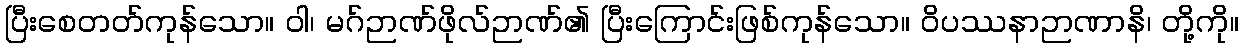
ပြီးစေတတ်ကုန်သော။ ဝါ၊ မဂ်ဉာဏ်ဖိုလ်ဉာဏ်၏ ပြီးကြောင်းဖြစ်ကုန်သော။ ဝိပဿနာဉာဏာနိ၊ တို့ကို။